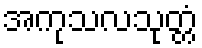
အကုသလသုတ္တံ